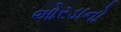
ઓરડાનો